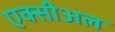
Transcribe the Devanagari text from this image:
एक्सीअल